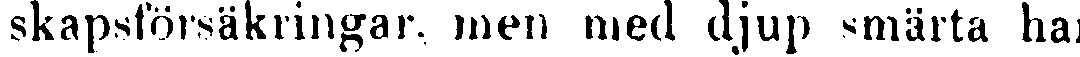
skapsförsäkringar, men med djup smärta har